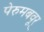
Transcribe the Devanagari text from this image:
पेरुमबवूर्